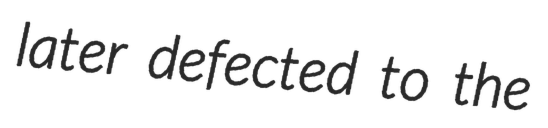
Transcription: later defected to the